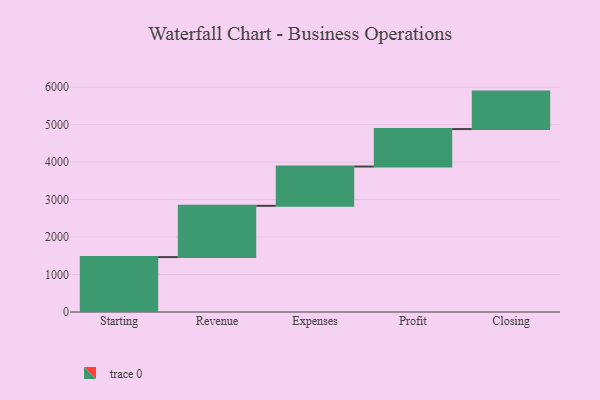
{"axis": {"x": "Step", "y": "Value"}, "legend": [""], "data": [{"x": "Starting", "y": 1466.0, "type": ""}, {"x": "Revenue", "y": 1368.0, "type": ""}, {"x": "Expenses", "y": 1049.0, "type": ""}, {"x": "Profit", "y": 1000, "type": ""}, {"x": "Closing", "y": 1000, "type": ""}]}